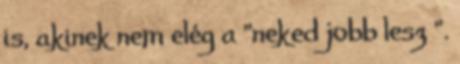
is, akinek nem elég a "neked jobb lesz ".